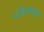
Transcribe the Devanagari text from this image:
परीक्षणातुन